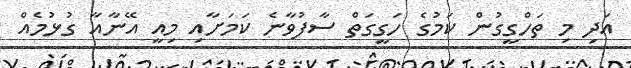
އަދި މި ތަހްގީގުން ކަމުގެ ހަގީގަތް ސާފުވާނެ ކަމަަށާއި މިއީ އޭނާއާ ގުޅުމެއް